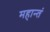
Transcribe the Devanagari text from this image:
महान्तं